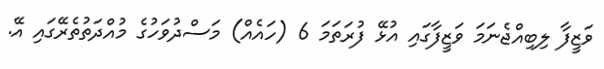
ވަޒީފާ ލިބިއްޖެނަމަ ވަޒީފާގައި އުޅޭ ފުރަތަމަ 6 (ހައެއް) މަސްދުވަހުގެ މުއްދަތުތެރޭގައި އޭ.